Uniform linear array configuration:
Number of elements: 16
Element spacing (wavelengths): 0.25
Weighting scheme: exponential
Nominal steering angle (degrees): -30
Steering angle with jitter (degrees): -31.767
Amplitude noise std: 0.05
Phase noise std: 0.05

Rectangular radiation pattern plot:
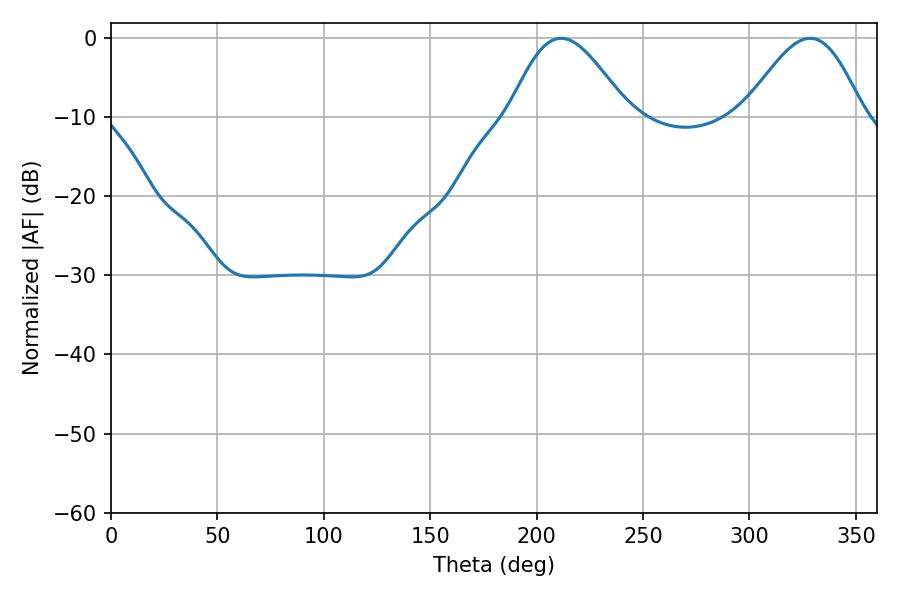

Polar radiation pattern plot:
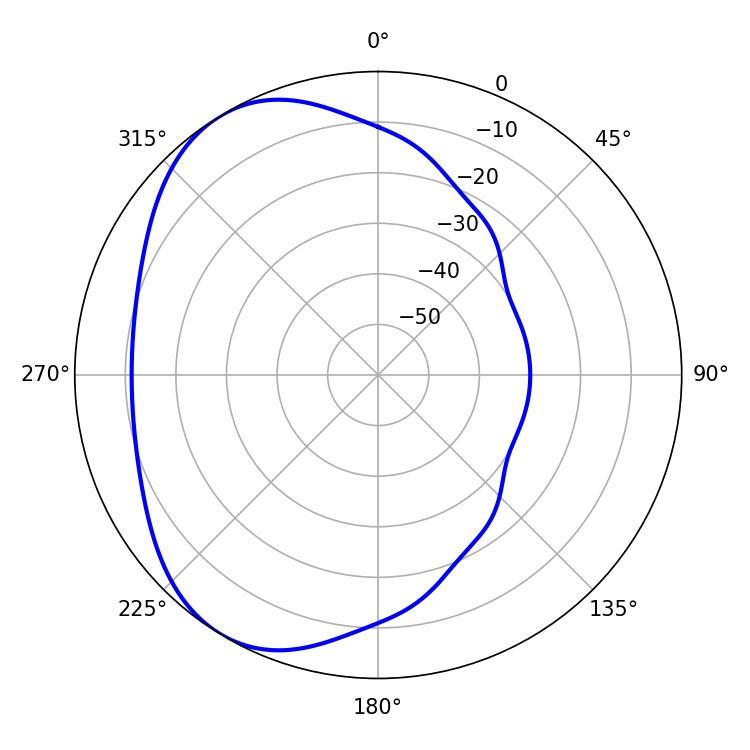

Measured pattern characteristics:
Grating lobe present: FALSE
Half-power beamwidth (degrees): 29.7
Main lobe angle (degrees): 211.5